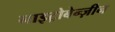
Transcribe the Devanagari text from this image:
नाइट्रोबेन्ज़ीन